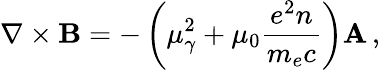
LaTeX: \nabla\times{\mathbf B}=-\left(\mu_{\gamma}^{2}+\mu_{0}\frac{e^{2}n}{m_{e}c}\right){\mathbf A}\, ,